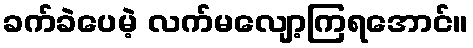
ခက်ခဲပေမဲ့ လက်မလျော့ကြရအောင်။